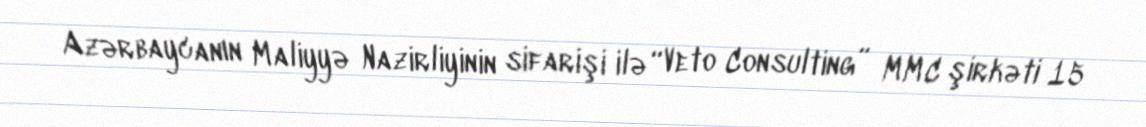
Azərbaycanın Maliyyə Nazirliyinin sifarişi ilə “Veto Consulting” MMC şirkəti 15